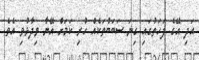
އަދި އޭގެ ފަހަތުގައި ގިނަ ސަބަބުތަކެއް ހުރި ކަމަށް އޭނާ ވިދާޅުވި އެވެ.